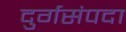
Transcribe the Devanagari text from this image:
दुर्गसंपदा